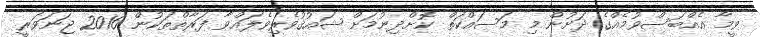
ވީމާ އެއްބަސްވުމެއްގެ ދަށުން މި މަސައްކަތް ކޮށްދިނުމަށް ޝައުޤުވެރިވެލައްވާ ފަރާތްތަކުން 2016 ޖަނަވަރީ